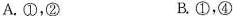
A.①，② B.①，④